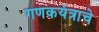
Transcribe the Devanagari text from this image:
गणकयंत्राचे